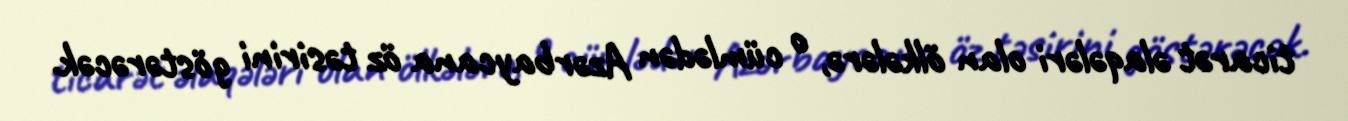
ticarət əlaqələri olan ölkələrə, o cümlədən Azərbaycana öz təsirini göstərəcək.